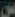
س